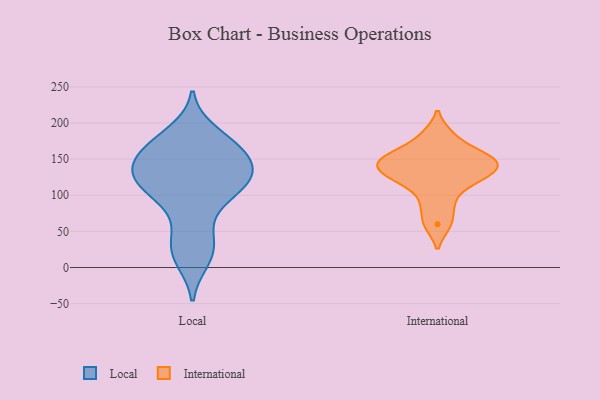
{"axis": {"x": "Conversion Rate (%)", "y": "Value"}, "legend": ["International", "Local"], "data": [{"x": "", "y": 89, "type": "Local"}, {"x": "", "y": 52, "type": "Local"}, {"x": "", "y": 115, "type": "Local"}, {"x": "", "y": 168, "type": "Local"}, {"x": "", "y": 154, "type": "Local"}, {"x": "", "y": 174, "type": "Local"}, {"x": "", "y": 22, "type": "Local"}, {"x": "", "y": 140, "type": "Local"}, {"x": "", "y": 160, "type": "Local"}, {"x": "", "y": 113, "type": "Local"}, {"x": "", "y": 186, "type": "Local"}, {"x": "", "y": 122, "type": "Local"}, {"x": "", "y": 27, "type": "Local"}, {"x": "", "y": 128, "type": "Local"}, {"x": "", "y": 128, "type": "Local"}, {"x": "", "y": 161, "type": "Local"}, {"x": "", "y": 128, "type": "Local"}, {"x": "", "y": 103, "type": "Local"}, {"x": "", "y": 12, "type": "Local"}, {"x": "", "y": 134, "type": "International"}, {"x": "", "y": 153, "type": "International"}, {"x": "", "y": 124, "type": "International"}, {"x": "", "y": 89, "type": "International"}, {"x": "", "y": 60, "type": "International"}, {"x": "", "y": 140, "type": "International"}, {"x": "", "y": 156, "type": "International"}, {"x": "", "y": 183, "type": "International"}, {"x": "", "y": 119, "type": "International"}, {"x": "", "y": 149, "type": "International"}]}